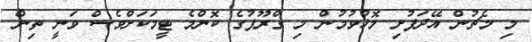
މި މެޗުން އޭދަފުށި މޮޅުވުމުން މި ގްރޫޕުގެ ކޮންމެ ޓީމަކަށްވެސް ވަނީ ތިން